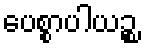
ပေစ္စာပါယဉ္စ